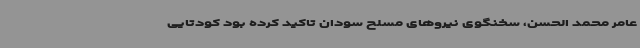
عامر محمد الحسن، سخنگوی نیروهای مسلح سودان تاکید کرده بود کودتایی